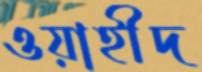
ওয়াহীদ